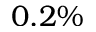
0 . 2 \%